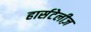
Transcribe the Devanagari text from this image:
हार्सटेलीज़